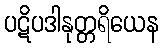
ပဋိပဒါနုတ္တရိယေန